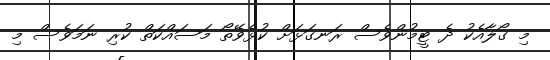
މި ގޯލާއެކު ދެ ޓީމުންވެސް ރަނގަޅަށް ކުޅެވޭތޯ މަސައްކަތް ކުރި ނަމަވެސް މި